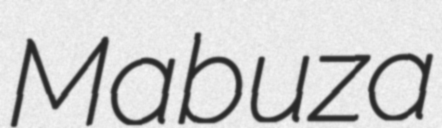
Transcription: Mabuza